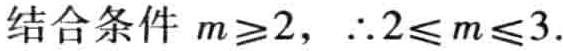
结合条件 \(m\geq2\)，\(\therefore 2\leq m\leq3\)